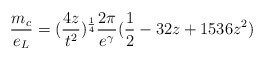
\begin{align*}\frac{m_{c}}{e_{L}}=(\frac{4z}{t^{2}})^{\frac{1}{4}}\frac{2\pi}{e^{\gamma}}(\frac{1}{2}-32z+1536z^2)\end{align*}